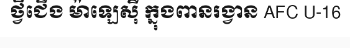
ថ្វីជើង ម៉ាឡេស៊ី ក្នុងពានរង្វាន AFC U-16